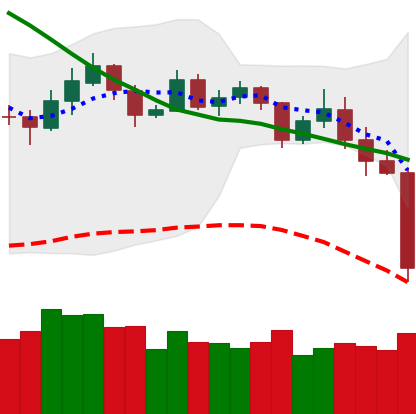
Ticker: ETH-USD
Chart end date: 2019-11-21
Forward return: -7.74%
Label: down_7plus